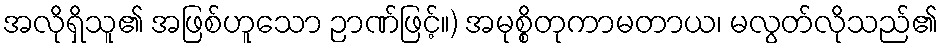
အလိုရှိသူ၏ အဖြစ်ဟူသော ဉာဏ်ဖြင့်။) အမုစ္စိတုကာမတာယ၊ မလွတ်လိုသည်၏